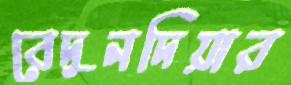
বেদুনদিয়ার